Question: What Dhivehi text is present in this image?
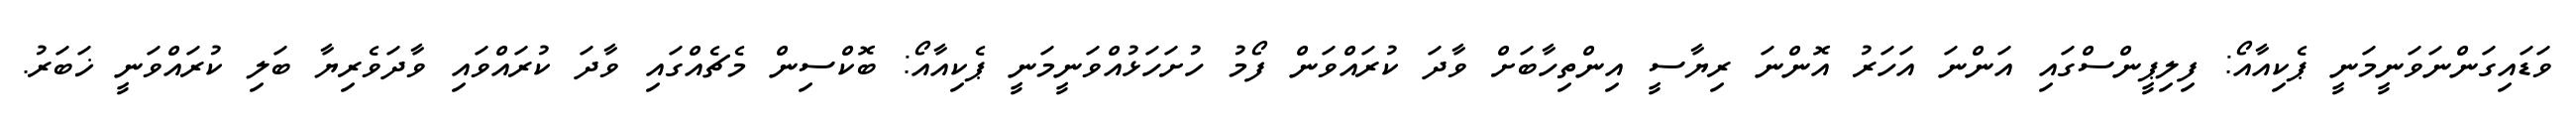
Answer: ވަޑައިގަންނަވަނީމަނީ ޕެކިއާއޯ: ފިލިޕީންސްގައި އަންނަ އަހަރު އޮންނަ ރިޔާސީ އިންތިހާބަށް ވާދަ ކުރައްވަން ފޯމު ހުށަހަޅުއްވަނީމަނީ ޕެކިއާއޯ: ބޮކްސިން މެޗެއްގައި ވާދަ ކުރައްވައި ވާދަވެރިޔާ ބަލި ކުރައްވަނީ ޚަބަރު.